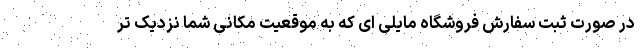
در صورت ثبت سفارش فروشگاه مایلی ای که به موقعیت مکانی شما نزدیک تر